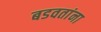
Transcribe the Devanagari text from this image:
बडवतांना